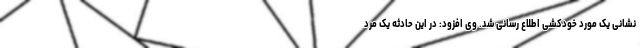
نشانی یک مورد خودکشی اطلاع رسانی شد. وی افزود: در این حادثه یک مرد